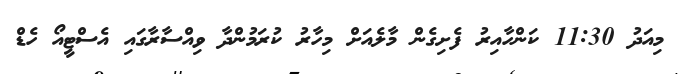
މިއަދު 11:30 ކަންހާއިރު ފެށިގެން މާލެއަށް މިހާރު ކުރަމުންދާ ވިއްސާރާގައި އެސްޓީއޯ ހެޑް